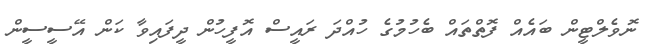
ނޮވެލްޓީން ބައެއް ފޮތްތައް ބެހުމުގެ ހުއްދަ ރައީސް އޮފީހުން ދީފައިވާ ކަން އޭސީސީން